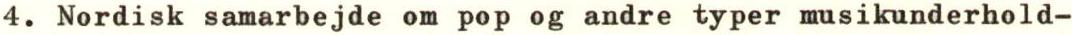
4. Nordisk samarbejde om pop og andre typer musikunderhold-